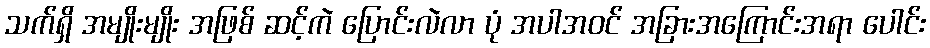
သက်ရှိ အမျိုးမျိုး အဖြစ် ဆင့်ကဲ ပြောင်းလဲလာ ပုံ အပါအဝင် အခြားအကြောင်းအရာ ပေါင်း